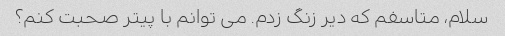
سلام، متاسفم که دیر زنگ زدم. می توانم با پیتر صحبت کنم؟